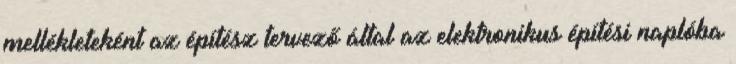
mellékleteként az építész tervező által az elektronikus építési naplóba